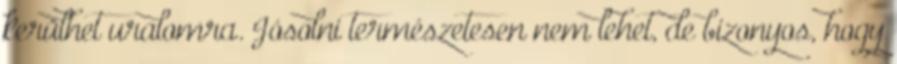
kerülhet uralomra. Jósolni természetesen nem lehet, de bizonyos, hogy